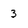
Character: 3